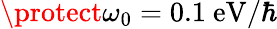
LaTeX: \protect\omega_{0}=0.1\ \mathrm{eV}/\hbar